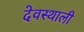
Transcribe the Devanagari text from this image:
देवस्थाली